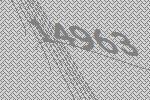
14963